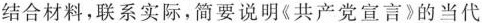
结合材料，联系实际，简要说明《共产党宣言》的当代